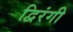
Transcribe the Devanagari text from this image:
द्विरंगी